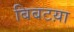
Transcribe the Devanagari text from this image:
बिबटय़ा